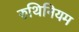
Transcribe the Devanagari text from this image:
रुथिनियम